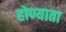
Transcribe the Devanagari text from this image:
होण्याता